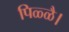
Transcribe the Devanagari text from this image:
पिळ्ळै।